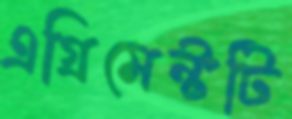
এগ্রিমেন্টটি